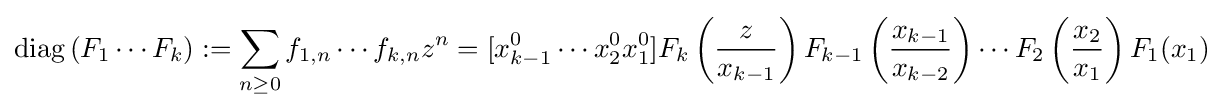
\operatorname {diag} \left(F_{1}\cdots F_{k}\right):=\sum _{n\geq 0}f_{1,n}\cdots f_{k,n}z^{n}=[x_{k-1}^{0}\cdots x_{2}^{0}x_{1}^{0}]F_{k}\left({\frac {z}{x_{k-1}}}\right)F_{k-1}\left({\frac {x_{k-1}}{x_{k-2}}}\right)\cdots F_{2}\left({\frac {x_{2}}{x_{1}}}\right)F_{1}(x_{1})